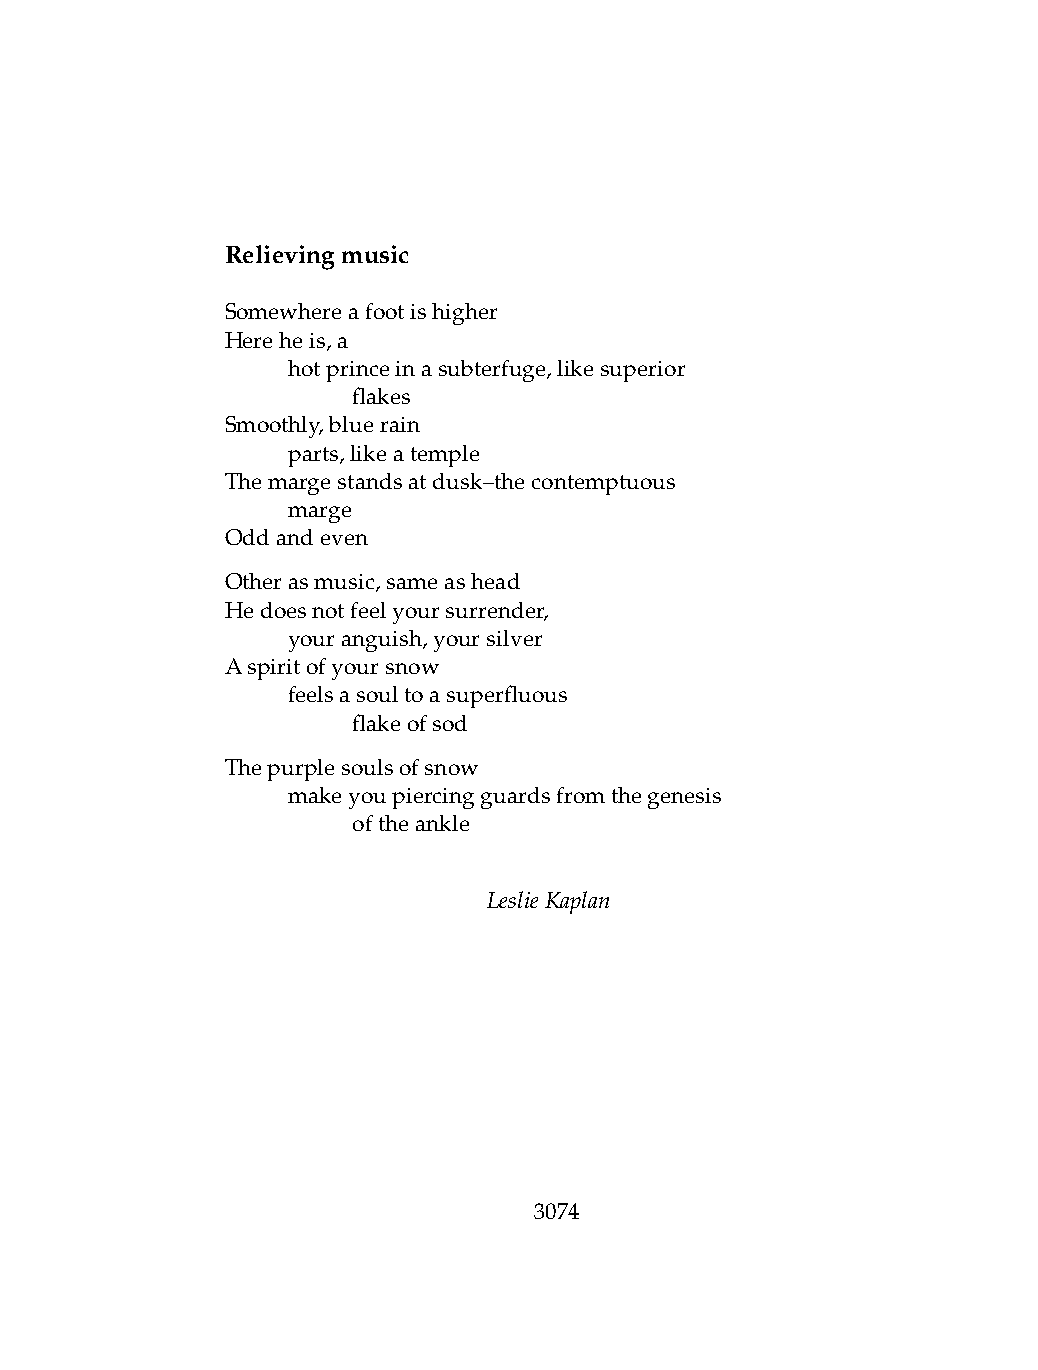
Relievingmusic
 Somewhereafootishigher
 Hereheis,a
 .   hotprinceinasubterfuge,likesuperior
 .   .   flakes
 Smoothly,bluerain
 .   parts,likeatemple
 Themargestandsatdusk–thecontemptuous
 .   marge
 Oddandeven
 Otherasmusic,sameashead
 Hedoesnotfeelyoursurrender,
 .   youranguish,yoursilver
 Aspiritofyoursnow
 .   feelsasoultoasuperfluous
 .   .   flakeofsod
 Thepurplesoulsofsnow
 .   makeyoupiercingguardsfromthegenesis
 .   .   oftheankle
 LeslieKaplan
 3074